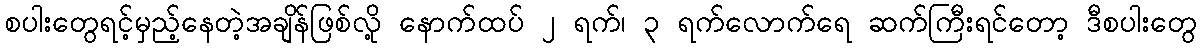
စပါးတွေရင့်မှည့်နေတဲ့အချိန်ဖြစ်လို့ နောက်ထပ် ၂ ရက်၊ ၃ ရက်လောက်ရေ ဆက်ကြီးရင်တော့ ဒီစပါးတွေ